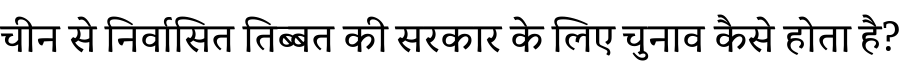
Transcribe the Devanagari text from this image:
चीन से निर्वासित तिब्बत की सरकार के लिए चुनाव कैसे होता है?